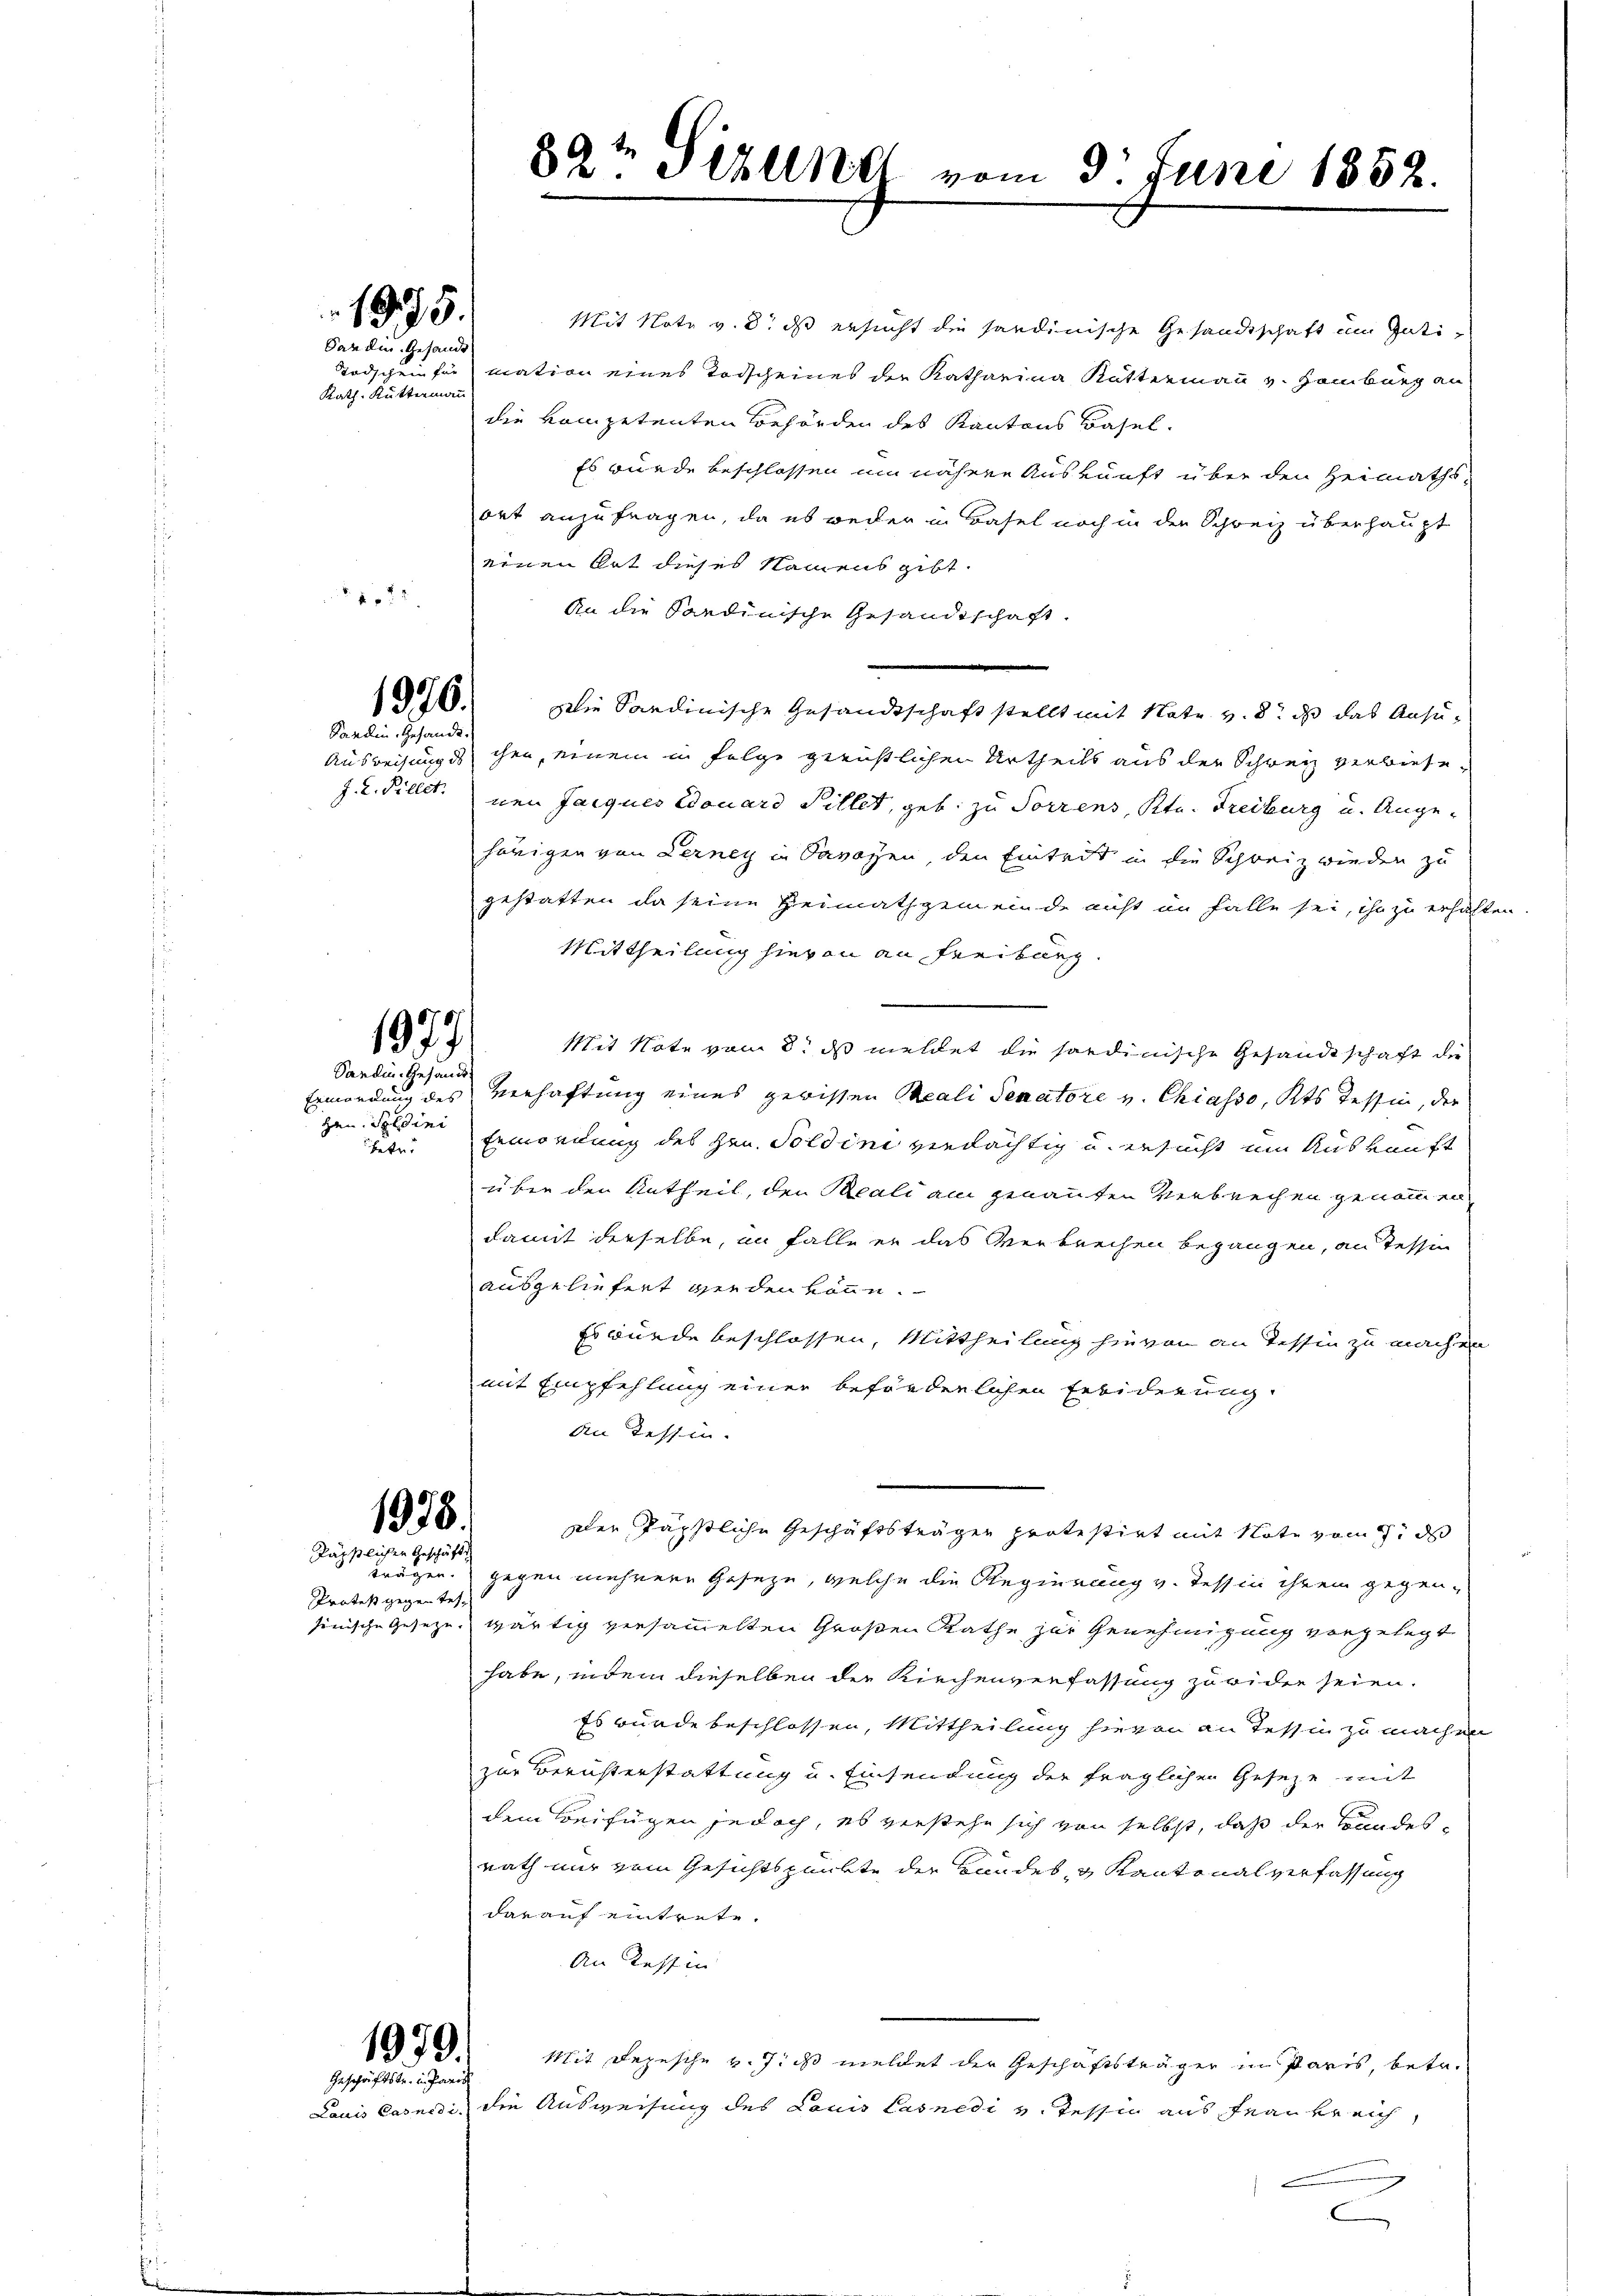
1975.
Dan die Gesandt

Kath. Kuttermann

x

1976.
Kandin, Gesandt.

Ermordung des
Han. Soldini
betret

Protest gegen Tes-

Mit Note v. 8. ds ersucht die sardinische Gesandtschaft um Guti¬
Todschein für mation eines Todscheines der Katharina Kuttermann v. Hamburg an
die kompetenten Behörden des Kantons Basel.
Es wurde beschlossen um nähere Auskunft über den Heimathsort anzufragen, da es weder in Basel noch in der Schweiz überhaupt
einen hat dieses Namens gibt.
An die Sardinische Gesandtschaft
Die Sardinische Gesandtschaft stellt mit Note v. 8. daß das Ansu¬
Ausweisungs ihm, einem in Folge gerichtlichen Urtheils aus der Schweiz verbiete,
J. L. Fillet, nen Jacques Edouard Pillet, geb. zu Sorrens, Ktn. Freiburg u. Angehörigen von Lerney in Savoyen den Eintrit in die Schweiz wieder zu
gestatten da seine Heimathgemeinde nicht im Falle sei, ihn zu erhalten.
Mittheilung hievon an Freiburg
Mit Note vom 8. ds meldet die sordinische Gesandtschaft die
Verhaftung eines gerissen Reali Senatore v. Chiasso, Kts Tessin, der
Ermordung des Hrn. Soldini verdächtig u. ersucht um Auskunft
über den Antheil, den Reali am genannten Verbrechen genommen
damit derselbe, an falle er das Verbrechen begangen, an Tessin
ausgeliefert werden könne.
Es wurde beschlossen, Mittheilung hievon an Tessin zu machen
mit Empfehlung einer beförderlichen Erbiderung.
an Tessin.
dler Jäpstliche Geschäftsträgen protestirt mit Note vom 17. ds
trögen. gegen mehrere Geseze, welche die Regierung v. Tessin ihrem gegensonische Gesetze wärtig versammelten Großen Rathe zur Genehmigung vorgelegt
habe, indem dieselben die Kirchenverfassung zu wider seien.
Es wurde beschlossen, Mittheilung hievon an Tessin zu machen
E
zur Beruhterstattung u. Einsendung der fraglichen Geseze mit
dem Beifügen jedoch, es verstehe sich von selbst, daß der Bundesrath nur vom Gesichtspunkte der Bundes- & Kantonalverfassung
darauf eintrete.
An Tessin
Mit Depesche v. J. meldet der Geschäftsträger in Paris, betr.
Lauis Casnidi, die Ausweisung des Louis Casnedi v. Tessin aus Frau berich,
n

1977.
Sardin. Gesandt

1978.
Käpstlichen Geschäfts

1979.
Geschäftstr. in Paris

89t Seilet vom 3t Juni 1852.